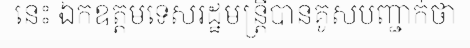
នេះ ឯកឧត្តមទេសរដ្ឋមន្ត្រីបានគូសបញ្ជាក់ថា